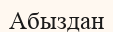
Абыздан